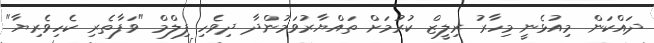
ދައްކަން މިއުޅެނީ މިހާރު ރިލީޒް ކުރުމަށް ތައްޔާރުވަމުންދާ ދިވެހި ފިލްމް "ވަފާތެރި ކެހިވެރިޔާ"